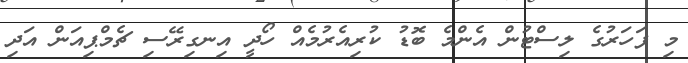
މި ފަހަރުގެ ލިސްޓުން އެންމެ ބޮޑު ކުރިއެރުމެއް ހޯދީ އިނގިރޭސި ޗެމްޕިއަން އަދި